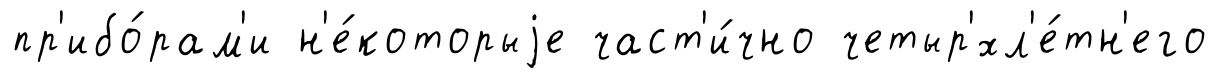
пр'ибо́рам'и н'е́которыjе част'и́чно четыр'хл'е́тн'его